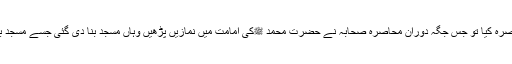
جب بنو قریظہ کا محاصرہ کیا تو جس جگہ دوران محاصرہ صحابہ نے حضرت محمد ﷺکی امامت میں نمازیں پڑھیں وہاں مسجد بنا دی گئی جسے مسجد بنو قریظہ کہا جاتا ہے۔